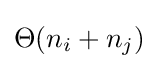
\Theta (n_{i}+n_{j})